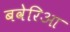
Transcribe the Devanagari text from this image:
बवेरिआ